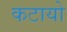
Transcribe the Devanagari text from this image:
कटायो